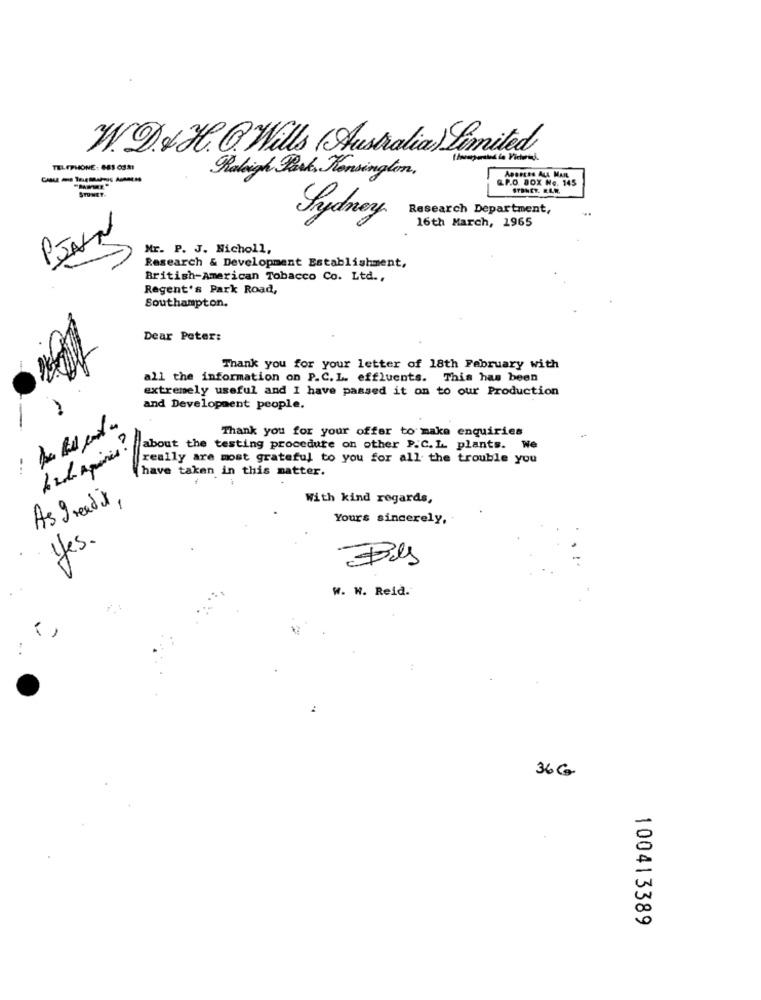
W. D & H. G. Wills (Australia) Limited
Thomasperated in Pictures .
TELEPHONE: 081 0331
Raleigh Rask, Housinglim,
&P.O. BOX No. 145
ADDRESS ALL MARL
STUMET.
SYDNEY. ELW.
Research Department,
Sydney
16th March, 1965
PJAN
Mr. P. J. Nicholl,
Research & Development Establishment,
British-American Tobacco Co. Ltd .,
Regent's Park Road,
Southampton.
Dear Peter:
Thank you for your letter of 18th February with
all the information on P.C.L. effluents. This has been
extremely useful and I have passed it on to our Production
and Development people.
Thank you for your offer to make enquiries
about the testing procedure on other P.C.L. plants. We
really are most grateful to you for all the trouble you
have taken in this matter.
With kind regards,
As Dreads,
Yours sincerely,
Yes.
Bls
W. W. Reid.
36G
100413389